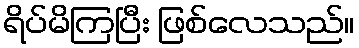
ရိပ်မိကြပြီး ဖြစ်လေသည်။